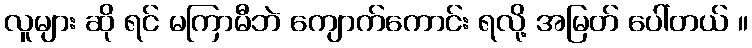
လူများ ဆို ရင် မကြာမီဘဲ ကျောက်ကောင်း ရလို့ အမြတ် ပေါ်တယ် ။